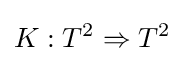
K:T^{2}\Rightarrow T^{2}